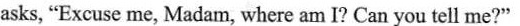
asks, "Excuse me, Madam, where am I? Can you tell me?"